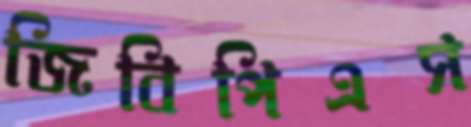
জিবিপিএস